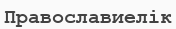
Православиелік